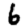
Digit: 6